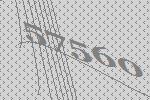
57560